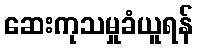
ဆေးကုသမှုခံယူရန်